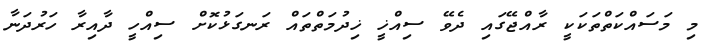
މި މަސައްކަތްތަކަކީ ރާއްޖޭގައި ދެވޭ ސިއްޚީ ޚިދުމަތްތައް ރަނގަޅުކޮށް ސިއްހީ ދާއިރާ ހަރުދަނާ